Leningradi_Edasi_toimetus, lk 61
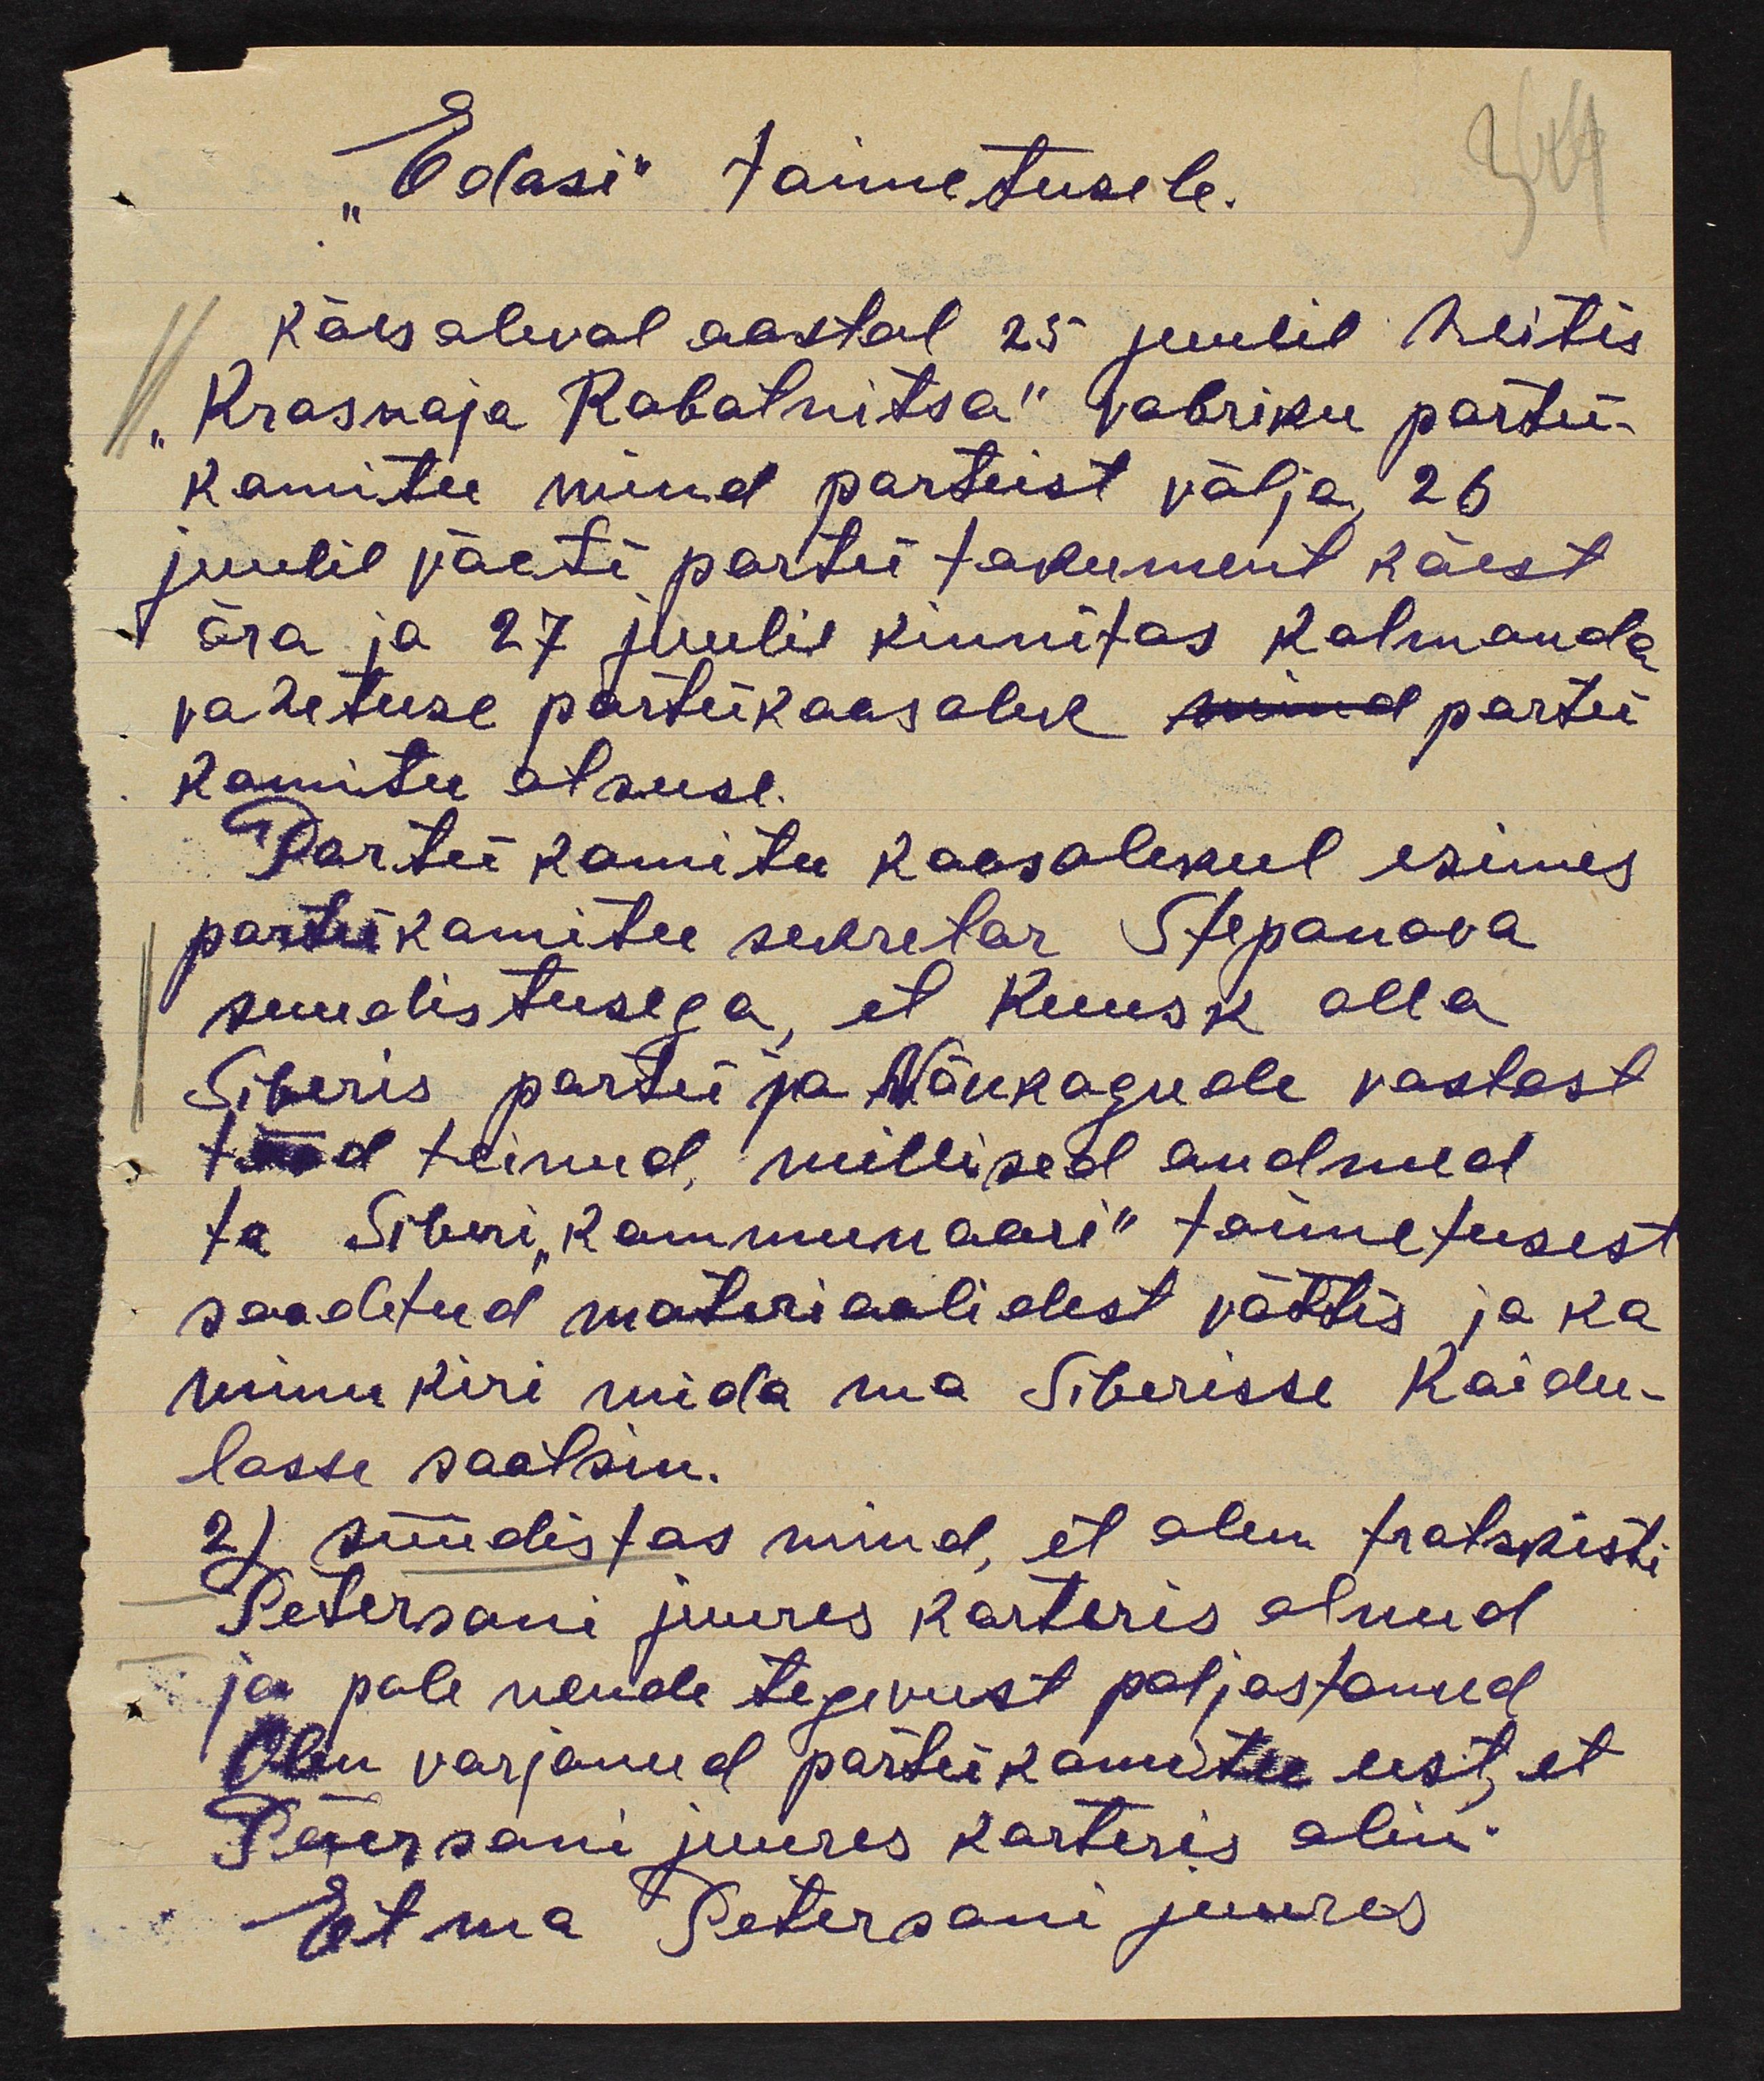
"Edasi" toimetusele.
käesoleval aastal 25 juulil heitis
Krasnaja Rabotnitsa" vabriku partei-
komitee nüüd parteist välja, 26
juulil jäeti partei tokument käest
ära ja 27 juulil kinnitas kolmanda
vahetuse partikoosolek nüüd partei
komitee otsuse
Partei komitee koosolekul esines
parteikomitee sekretar Stepanova
suudistusega, et Kuusk alla
Siberis partei ja Nõukogude vastast
tööd teinud, millised andmed
ta Siberi "Kommunaari" toimetusest
saadetud materiaalidest võttis ja ka
minu kiri mida ma Siberisse Koidu-
lasse saatsin.
2) süüdistas mind, et olen trotskisti
Petersoni juures korteris olnud
ja pole nende tegevust paljastanud.
Olin varjanud partnikamitee eest, et
Petersoni juures korteris olin.
Et ma Petersoni juures